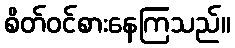
စိတ်ဝင်စားနေကြသည်။